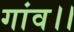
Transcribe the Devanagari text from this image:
गांव।।